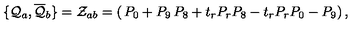
\{ { \cal { Q } } _ { a } , { \overline { { \cal { Q } } } } _ { b } \} = { \cal { Z } } _ { a b } = \left( \begin{matrix} { P _ { 0 } + P _ { 9 } } & { P _ { 8 } + t _ { r } P _ { r } } \\ { P _ { 8 } - t _ { r } P _ { r } } & { P _ { 0 } - P _ { 9 } } \\ \end{matrix} \right) ,